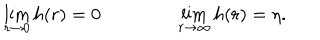
LaTeX: \lim _ { r \rightarrow 0 } h ( r ) = 0 \qquad \qquad \lim _ { r \rightarrow \infty } h ( r ) = \eta .